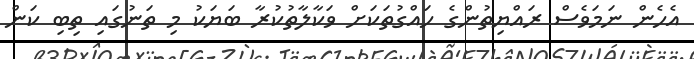
އެހެން ނަމަވެސް ރައްޔިތުންގެ ހައްގުތަކަށް ވަކާލާތުކުރާ ބަޔަކު މި ތަނުގައި ތިބި ކަން